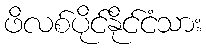
ဖိလစ်ပိုင်နိုင်ငံသား